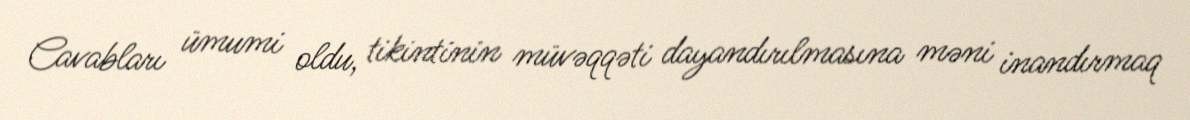
Cavabları ümumi oldu, tikintinin müvəqqəti dayandırılmasına məni inandırmaq